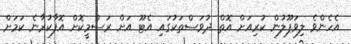
އެހެންވެ ލިވަޕޫލުން ކުރިއަށް އޮތް ދުވަސްތަކުގައި އެޓޫ އަށް ރަސްމީކޮށް އޮފާކުރާނެ ކަމަށް